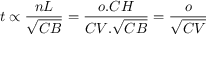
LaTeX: t \propto { \frac { n L } { \sqrt { C B } } } = { \frac { o . C H } { C V . { \sqrt { C B } } } } = { \frac { o } { \sqrt { C V } } }